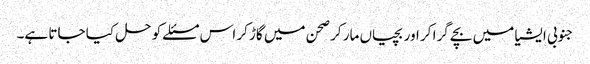
جنوبی ایشیا میں‌ بچے گرا کر اور بچیاں‌ مار کر صحن میں‌ گاڑ کر اس مسئلے کو حل کیا جاتا ہے۔